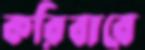
করিবারে